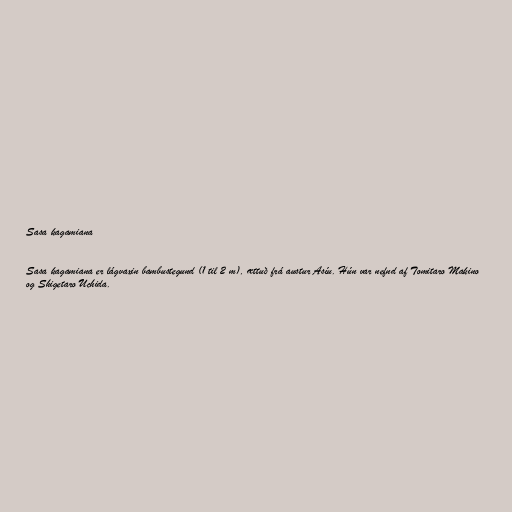
Sasa kagamiana

Sasa kagamiana er lágvaxin bambustegund (1 til 2 m), ættuð frá austur Asíu. Hún var nefnd af Tomitaro Makino
og Shigetaro Uchida.